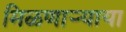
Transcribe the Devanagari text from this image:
मिळणार्‍याया